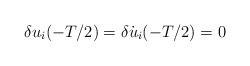
LaTeX: \begin{align*}\delta u_i(-T/2) = \delta \dot u_i(-T/2) = 0\end{align*}